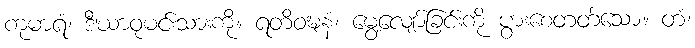
ကုမာရံ၊ ဒီဃာဝုမင်းသားကို။ ရတိဝဍ္ဎနံ၊ မွေ့လျော်ခြင်းကို ပွားစေတတ်သော။ တံ၊